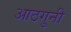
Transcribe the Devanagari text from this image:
आठगुनी